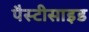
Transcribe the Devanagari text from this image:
पैस्टीसाइड